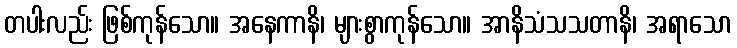
တပါးလည်း ဖြစ်ကုန်သော။ အနေကာနိ၊ များစွာကုန်သော။ အာနိသံသသတာနိ၊ အရာသော